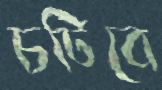
চটিবে